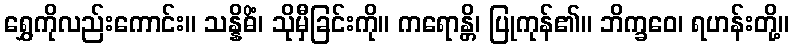
ရွှေကိုလည်းကောင်း။ သန္နိဓိံ၊ သိုမှီခြင်းကို။ ကရောန္တိ၊ ပြုကုန်၏။ ဘိက္ခဝေ၊ ရဟန်းတို့။